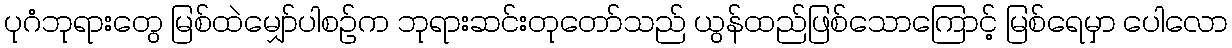
ပုဂံဘုရားတွေ မြစ်ထဲမျှော်ပါစဉ်က ဘုရားဆင်းတုတော်သည် ယွန်ထည်ဖြစ်သောကြောင့် မြစ်ရေမှာ ပေါလော